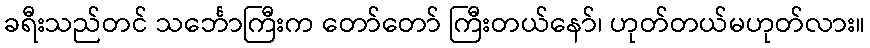
ခရီးသည်တင် သင်္ဘောကြီးက တော်တော် ကြီးတယ်နော်၊ ဟုတ်တယ်မဟုတ်လား။